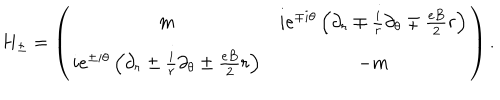
H _ { \pm } = \left( \begin{array} { c c } { { m } } & { { i e ^ { \mp i \theta } \left( \partial _ { r } \mp \frac { i } { r } \partial _ { \theta } \mp \frac { e B } { 2 } r \right) } } \\ { { i e ^ { \pm i \theta } \left( \partial _ { r } \pm \frac { i } { r } \partial _ { \theta } \pm \frac { e B } { 2 } r \right) } } & { { - m } } \\ \end{array} \right) .